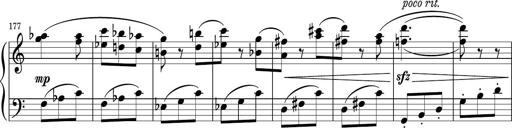
Title: Sonatina PandemÃ³nium
Composer: VÃ­ctor Carbajo
Key: C major